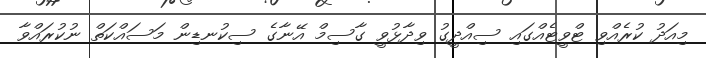
މިއަދު ކުރެއްވި ޓްވީޓެއްގައި ސިއްދީގު ވިދާޅުވީ ގާސިމް އޭނާގެ ސިކުނޑިން މަސައްކަތް ނުކުރައްވާ